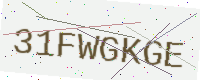
Text: 31FWGKGE